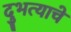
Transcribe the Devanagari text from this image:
दुभत्याचे